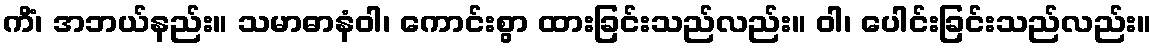
ကိံ၊ အဘယ်နည်း။ သမာဓာနံဝါ၊ ကောင်းစွာ ထားခြင်းသည်လည်း။ ဝါ၊ ပေါင်းခြင်းသည်လည်း။